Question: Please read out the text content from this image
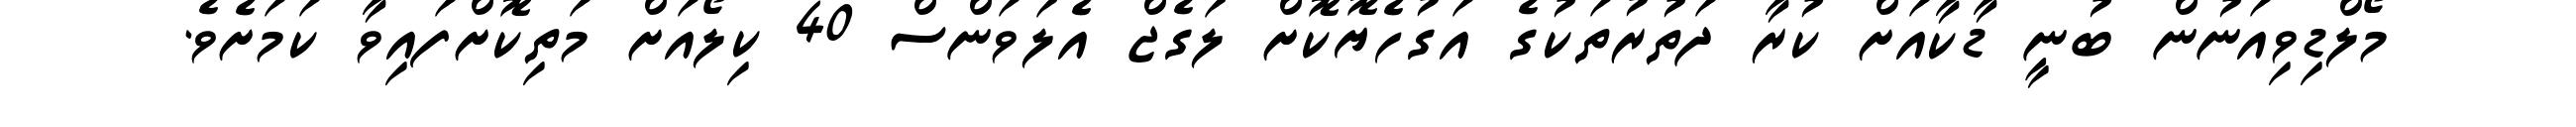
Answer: މޯލްޑިވިއަނުން ބުނީ ޑާކާއަށް ކުރާ ދަތުރުތަކުގެ އަގުހެޔޮކޮށް ލަގެޖް އެލަވަންސް 40 ކިލޯއަށް މަތިކޮށްފައިވާ ކަމަށެވެ.